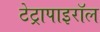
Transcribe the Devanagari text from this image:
टेट्रापाइरॉल